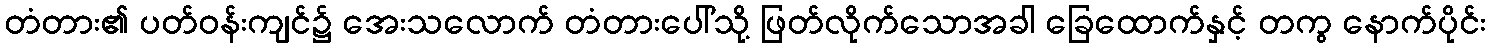
တံတား၏ ပတ်ဝန်းကျင်၌ အေးသလောက် တံတားပေါ်သို့ ဖြတ်လိုက်သောအခါ ခြေထောက်နှင့် တကွ နောက်ပိုင်း